Indian journal of veterinary science and animal husbandry - Volume 5,
Year: 1935
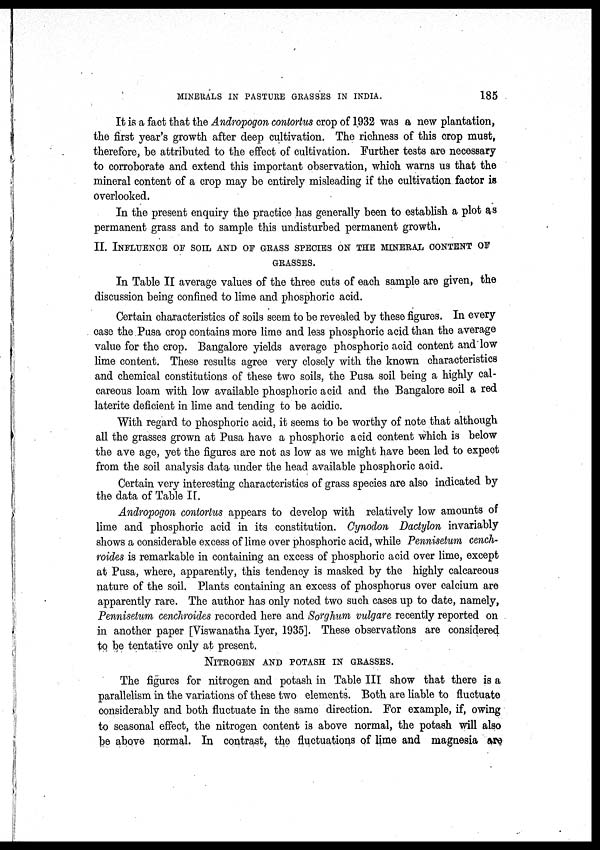
MINERALS IN PASTURE GRASSES IN INDIA.
185
It is a fact that the Andropogon contortus crop of 1932 was a new plantation,
the first year's growth after deep cultivation. The richness of this crop must,
therefore, be attributed to the effect of cultivation. Further tests are necessary
to corroborate and extend this important observation, which warns us that the
mineral content of a crop may be entirely misleading if the cultivation factor is
overlooked.
In the present enquiry the practice has generally been to establish a plot as
permanent grass and to sample this undisturbed permanent growth.
II. INFLUENCE OF SOIL AND OF GRASS SPECIES ON THE MINERAL CONTENT OF
GRASSES.
In Table II average values of the three cuts of each sample are given, the
discussion being confined to lime and phosphoric acid.
Certain characteristics of soils seem to be revealed by these figures. In every
case the Pusa crop contains more lime and less phosphoric acid than the average
value for the crop. Bangalore yields average phosphoric acid content and low
lime content. These results agree very closely with the known characteristics
and chemical constitutions of these two soils, the Pusa soil being a highly cal-
careous loam with low available phosphoric acid and the Bangalore soil a red
laterite deficient in lime and tending to be acidic.
With regard to phosphoric acid, it seems to be worthy of note that although
all the grasses grown at Pusa have a phosphoric acid content which is below
the ave age, yet the figures are not as low as we might have been led to expect
from the soil analysis data under the head available phosphoric acid.
Certain very interesting characteristics of grass species are also indicated by
the data of Table II.
Andropogon contortus appears to develop with relatively low amounts of
lime and phosphoric acid in its constitution. Cynodon Dactylon invariably
shows a considerable excess of lime over phosphoric acid, while Pennisetum cench-
roides is remarkable in containing an excess of phosphoric acid over lime, except
at Pusa, where, apparently, this tendency is masked by the highly calcareous
nature of the soil. Plants containing an excess of phosphorus over calcium are
apparently rare. The author has only noted two such cases up to date, namely,
Pennisetum cenchroides recorded here and Sorghum vulgare recently reported on
in another paper [Viswanatha Iyer, 1935]. These observations are considered
to be tentative only at present.
NITROGEN AND POTASH IN GRASSES.
The figures for nitrogen and potash in Table III show that there is a
parallelism in the variations of these two elements. Both are liable to fluctuate
considerably and both fluctuate in the same direction. For example, if, owing
to seasonal effect, the nitrogen content is above normal, the potash will also
be above normal. In contrast, the fluctuations of lime and magnesia are